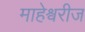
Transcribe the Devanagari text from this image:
माहेश्वरीज